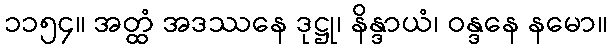
၁၁၅၄။ အတ္ထံ အဒဿနေ ဒုဋ္ဌု၊ နိန္ဒာယံ၊ ဝန္ဒနေ နမော။